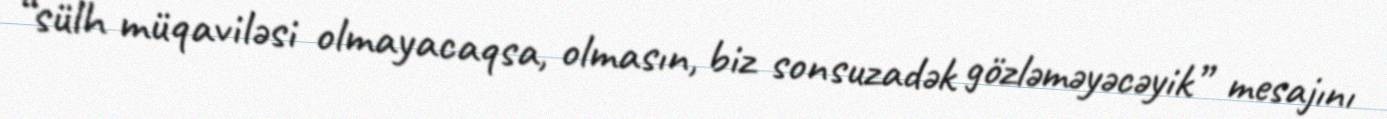
“sülh müqaviləsi olmayacaqsa, olmasın, biz sonsuzadək gözləməyəcəyik” mesajını